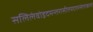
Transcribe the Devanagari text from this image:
सलिलंवोइदमन्तरासीतयदतरस्तंताकानां